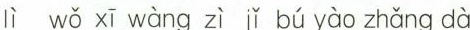
lì wǒ xī wàng zì jǐ bú yào zhǎng dà